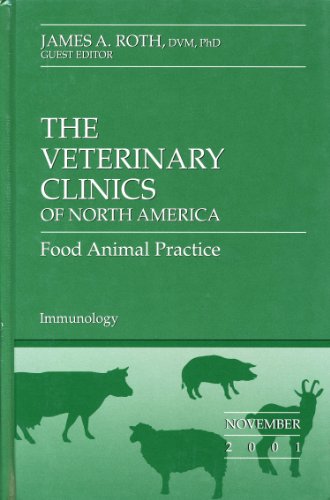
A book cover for Immunology (THE VETERINARY CLINICS OF NORTH AMERICA: Food Animal Practice, Volume 17); Medical Books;